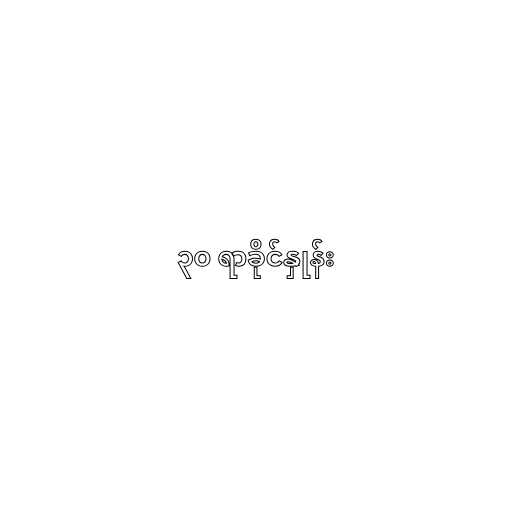
၃၀ ရာခိုင်နှုန်း